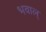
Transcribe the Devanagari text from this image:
भवाल्